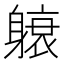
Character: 𬧭